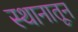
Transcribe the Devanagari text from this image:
स्थानातून